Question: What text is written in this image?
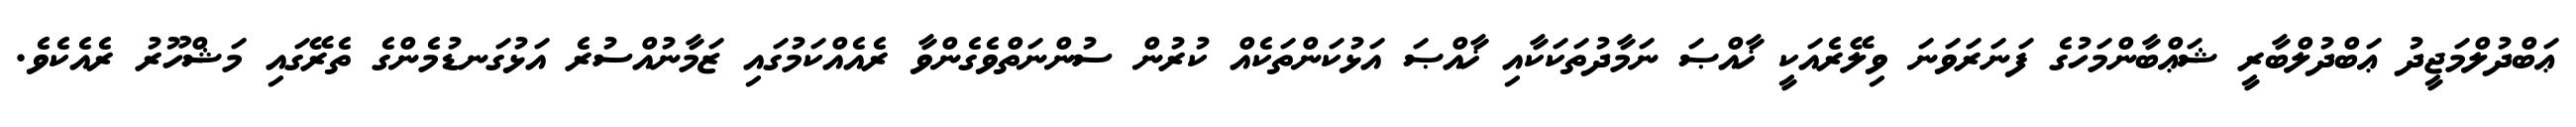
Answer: ޢަބްދުލްމަޖީދު ޢަބްދުލްބާރީ ޝަޢްބާންމަހުގެ ފަނަރަވަނަ ވިލޭރެއަކީ ޚާއްޞަ ނަމާދުތަކަކާއި ޚާއްޞަ އަޅުކަންތަކެއް ކުރުން ސުންނަތްވެގެންވާ ރެއެއްކަމުގައި ޒަމާނުއްސުރެ އަޅުގަނޑުމެންގެ ތެރޭގައި މަޝްހޫރު ރެއެކެވެ.